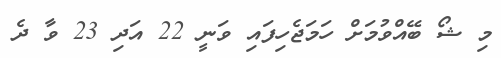
މި ޝޯ ބޭއްވުމަށް ހަމަޖެހިފައި ވަނީ 22 އަދި 23 ވާ ދެ